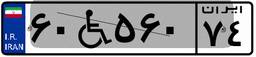
۶۰W۵۶۰۷۴